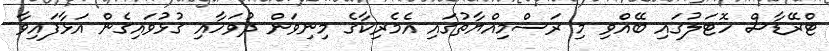
ޓްރޭޑާސް ހޮޓަލުގައި ބޭއްވި މި ރަސްމިއްޔާތުގައި އެމެރިކާގެ މިނިވަން ދުވަހާއި ގުޅުވައިގެން އަޅާފައިވާ